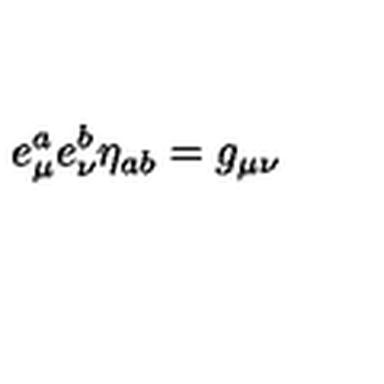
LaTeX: e _ { \mu } ^ { a } e _ { \nu } ^ { b } \eta _ { a b } = g _ { \mu \nu }